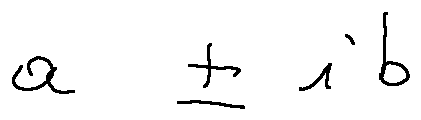
a \pm i b